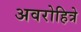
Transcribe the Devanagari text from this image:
अवरोहित्रे